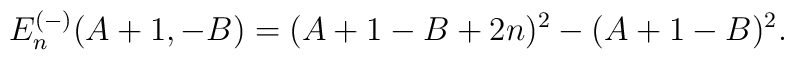
E_n^{(-)}(A+1,-B) = (A+1-B+2n)^2 - (A+1-B)^2.